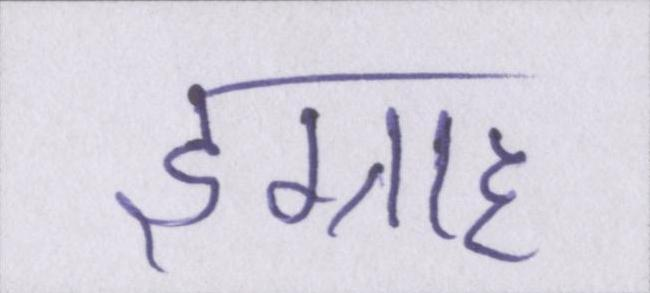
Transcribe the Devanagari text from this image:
इग्राह